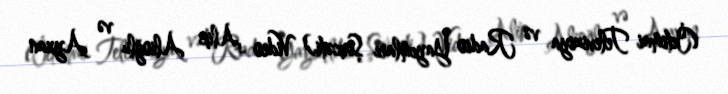
(İctimai Televiziya və Radio Yayımları Şirkəti) Video Alik Alioğlu və Ayxan